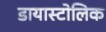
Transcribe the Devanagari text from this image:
डायास्टोलिक